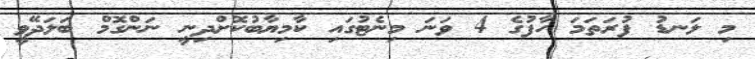
މި ލަނޑު ފުރަތަމަ ހާފުގެ 4 ވަނަ މިނެޓުގައި ކާމިޔާބުކޮށްދިނީ ނަންގޮމް ބަލަދޭވީ